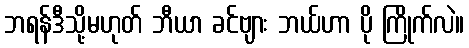
ဘရန်ဒီသို့မဟုတ် ဘီယာ ခင်ဗျား ဘယ်ဟာ ပို ကြိုက်လဲ။